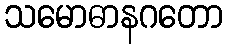
သမောဓာနဂတော